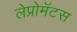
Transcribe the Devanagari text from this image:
लेप्रोमॅटस